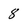
Character: 8